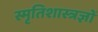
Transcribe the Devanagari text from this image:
स्मृतिशास्त्रज्ञों